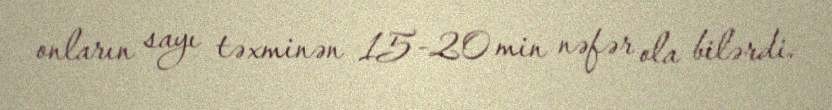
onların sayı təxminən 15-20 min nəfər ola bilərdi.